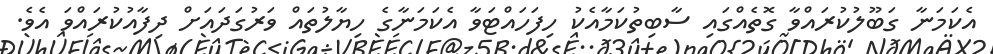
އެކަމަނާ ގަބޫލުކުރައްވާ ގޮތެއްގައި ސާބިތުކަމާއެކު ހިފަހައްޓަވާ އެކަމަނާގެ ހިޔާލުތައް ވަރުގަދައަށް ދިފާއުކުރައްވަ އެވެ.